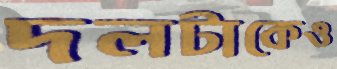
দলটাকেও